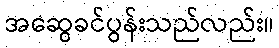
အဆွေခင်ပွန်းသည်လည်း။